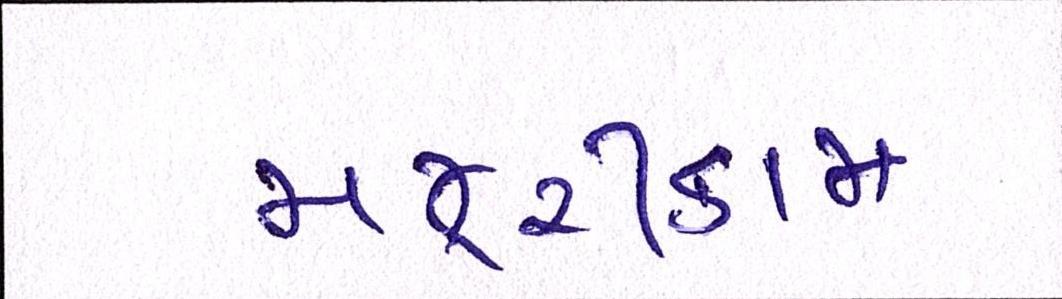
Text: મજૂરીકામ